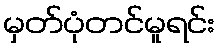
မှတ်ပုံတင်မူရင်း